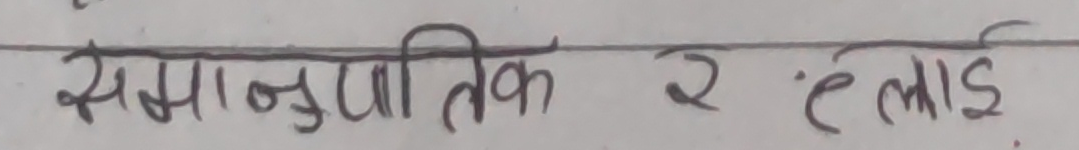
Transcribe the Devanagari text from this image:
समानुपातिक र हँलाई